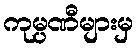
ကုမ္ပဏီများမှ